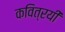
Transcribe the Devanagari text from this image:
कवित्रयी